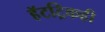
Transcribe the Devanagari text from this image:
हॅटट्रिकही